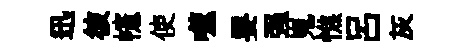
迅彼幰使噬要强嵬憔呂灰